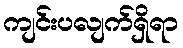
ကျင်းပလျက်ရှိရာ